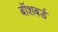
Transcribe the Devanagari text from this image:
बॉशबर्ड